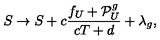
S \rightarrow S + c \frac { f _ { U } + { \cal P } _ { U } ^ { g } } { c T + d } + \lambda _ { g } ,